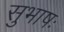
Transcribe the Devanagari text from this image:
सुभाषः